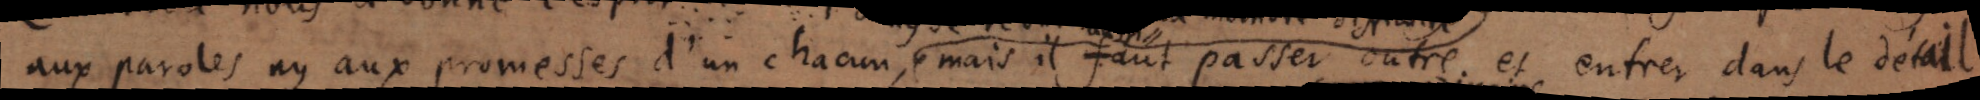
aux paroles ny aux promesses d’un chacun, mais il faut passer outre et entrer dans le détail